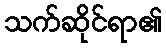
သက်ဆိုင်ရာ၏